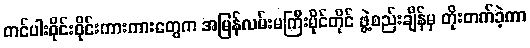
တင်ပါးဝိုင်းဝိုင်းကားကားတွေက အမြန်လမ်းမကြီးမိုင်တိုင် ဖွဲ့စည်းချိန်မှ တိုးတက်ခဲ့ကာ